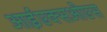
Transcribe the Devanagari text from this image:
आईएक्सओएस